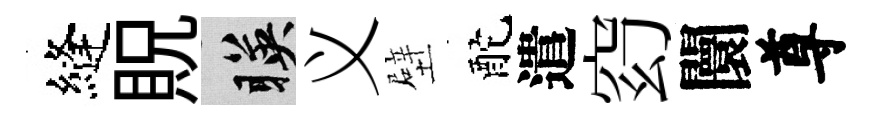
縫貺暎义壁酡遣𥥆闤尊